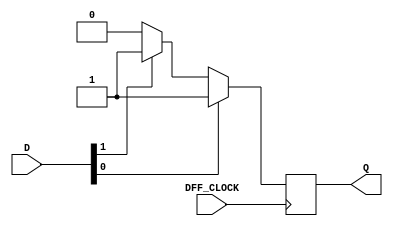
module my_dff(
input DFF_CLOCK, 
input [1:0]D, 
output reg Q
);

always @ (posedge DFF_CLOCK) 
begin
	if (D[0] == 1'b1) begin
		Q <= D[0];
		end
	else if (D[1] == 1'b1) begin
		Q <= D[1];
		end 
	else begin
		Q <= 1'b0;
		end
end

endmodule